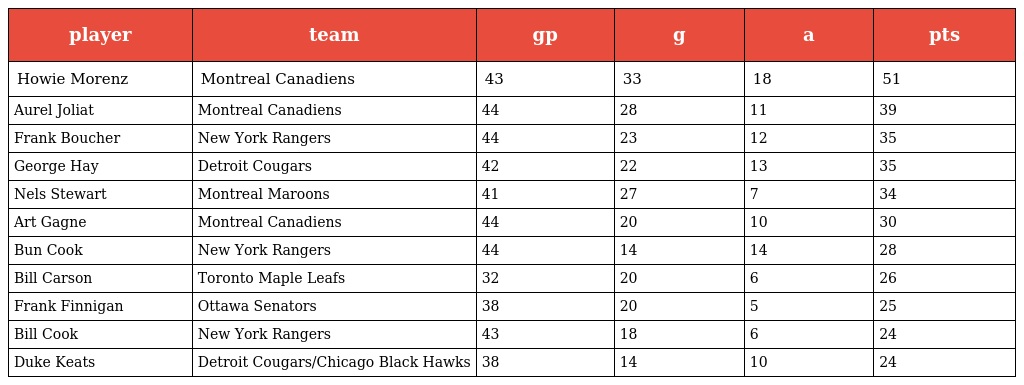
| player | team | gp | g | a | pts |
 | --- | --- | --- | --- | --- | --- |
 | Howie Morenz | Montreal Canadiens | 43 | 33 | 18 | 51 |
 | Aurel Joliat | Montreal Canadiens | 44 | 28 | 11 | 39 |
 | Frank Boucher | New York Rangers | 44 | 23 | 12 | 35 |
 | George Hay | Detroit Cougars | 42 | 22 | 13 | 35 |
 | Nels Stewart | Montreal Maroons | 41 | 27 | 7 | 34 |
 | Art Gagne | Montreal Canadiens | 44 | 20 | 10 | 30 |
 | Bun Cook | New York Rangers | 44 | 14 | 14 | 28 |
 | Bill Carson | Toronto Maple Leafs | 32 | 20 | 6 | 26 |
 | Frank Finnigan | Ottawa Senators | 38 | 20 | 5 | 25 |
 | Bill Cook | New York Rangers | 43 | 18 | 6 | 24 |
 | Duke Keats | Detroit Cougars/Chicago Black Hawks | 38 | 14 | 10 | 24 |